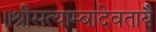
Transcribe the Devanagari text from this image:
॥श्रीसत्याम्बादेवतायै